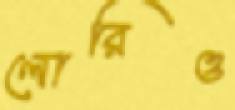
লোরিও